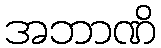
အဘာဏိ